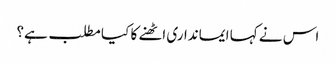
اس نے کہا ایمانداری اٹھنے کا کیا مطلب ہے؟